Lock hospitals Punjab
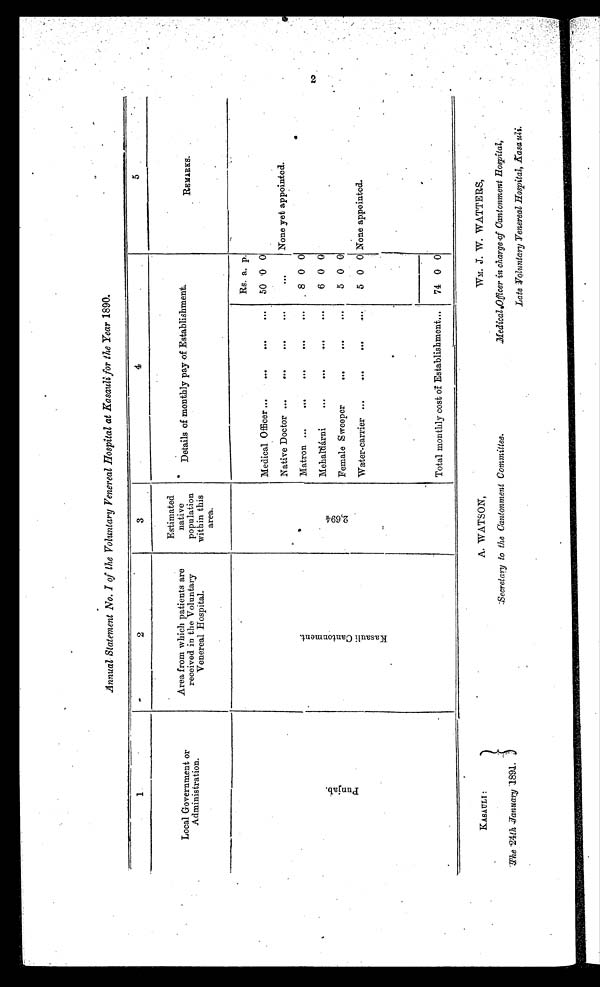
KASAULI:
The 24th January 1891,
A. WATSON,
Secretary to the Cantonment Committee.
Annual Statement No. I of the Voluntary Venereal Hospital at Kasauli for the Year 1890.
1
2
3
4
5
Local Government or
Administration.
Area from which patients are
received in the Voluntary
Venereal Hospital.
Estimated
native
population
within this
area.
Details of monthly pay of Establishment.
REMARKS.
P u n j a b .
Kasau
l i C o n t o n m e n t .
2 , 6 9 4
Rs. a. p.
Medical Officer ...
. . .
. . .
. . .
50 0 0
Native Doctor ...
. . .
...
. . .
. . .
None yet appointed.
Matron ...
...
...
. . .
...
8 0 0
Mehaldárni
...
...
...
. . .
6 0 0
Female Sweeper
...
...
. . .
5 0 0
Water-carrier ...
...
...
...
5 0 0 None appointed.
Total monthly cost of Establishment...
74 0 0
WM. J. W. WATTERS,
Medical Officer in charge of Cantonment Hospital,
Late Voluntary :Venereal Hospital, Kasauli.